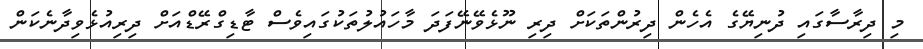
މި ދިރާސާގައި ދުނިޔޭގެ އެހެން ދިރުންތަކަށް ދިރި ނޫޅެވޭނޭފަދަ މާހައުލުތަކުގައިވެސް ޓާޑިގްރޭޑްއަށް ދިރިއުޅެވިދާނެކަން